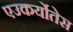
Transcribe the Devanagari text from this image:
एउकर्योतेस